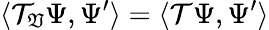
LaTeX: \langle\mathcal{T}_{\mathfrak{V}}\Psi,\Psi^{\prime}\rangle=\langle\mathcal{T}\Psi,\Psi^{\prime}\rangle